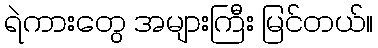
ရဲကားတွေ အများကြီး မြင်တယ်။